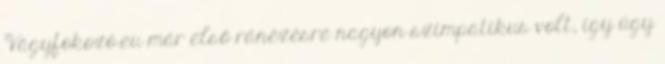
Vágyfokozó.eu már első ránézésre nagyon szimpatikus volt, így úgy